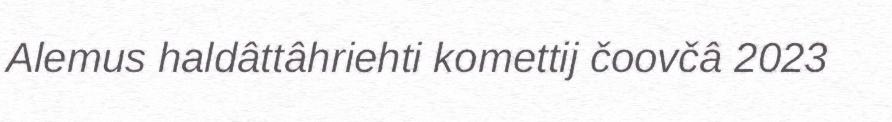
Alemus haldâttâhriehti komettij čoovčâ 2023